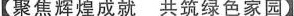
【聚焦辉煌成就共筑绿色家园】